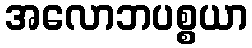
အလောဘပစ္စယာ